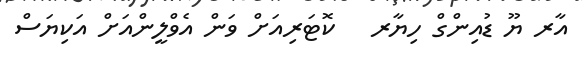
އާރ ޔޫ ޑުއިންގް ހިޔާރ   ކޮޓަރިއަށް ވަން އެވްލީންއަށް އަކިޔަސް